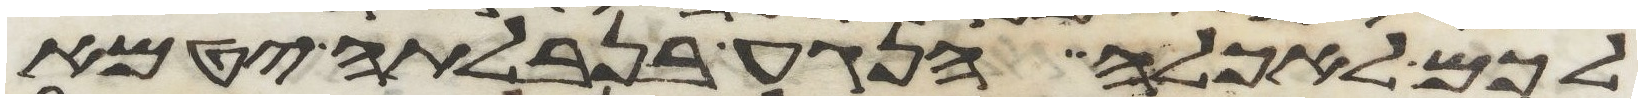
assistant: לכם לאכלה הנגע בנבלתה יטמא